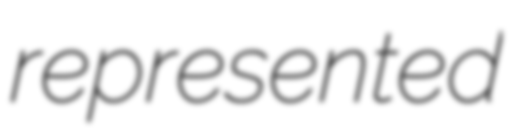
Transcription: represented